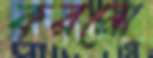
করনো